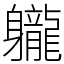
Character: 䡁